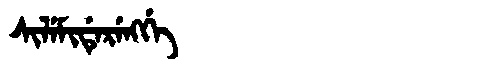
Manchu: ᠰᡳᠯᡝᠮᡳᡩᡝᡵᡝᠩᡤᡝ
Romanization: SILEMIDERENGGE